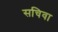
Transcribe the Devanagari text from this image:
सचिवा